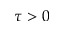
\tau > 0